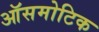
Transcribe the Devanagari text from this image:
ऑसमोटिक